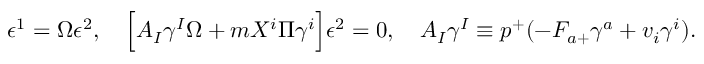
\epsilon ^ { 1 } = \Omega \epsilon ^ { 2 } , \quad \Big [ A _ { I } \gamma ^ { I } \Omega + m X ^ { i } \Pi \gamma ^ { i } \Big ] \epsilon ^ { 2 } = 0 , \quad A _ { I } \gamma ^ { I } \equiv p ^ { + } ( - F _ { a + } \gamma ^ { a } + v _ { i } \gamma ^ { i } ) .